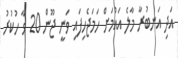
އަދި އަނބުރާ މާލެ އައުމަށް ހަމަޖެހިފައި ވަނީ ޖޫން 20 ވާ ހުކުރު